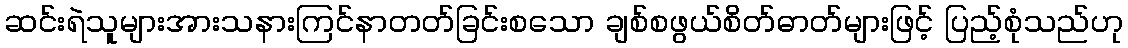
ဆင်းရဲသူများအားသနားကြင်နာတတ်ခြင်းစသော ချစ်စဖွယ်စိတ်ဓာတ်များဖြင့် ပြည့်စုံသည်ဟု